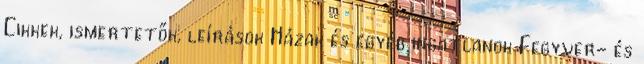
Cikkek, ismertetők, leírások Házak és egyéb ingatlanok Fegyver- és